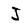
Character: J